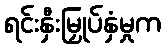
ရင်းနှီးမြှုပ်နှံမှုက